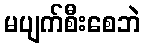
မပျက်စီးစေဘဲ